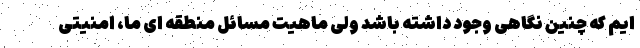
ایم که چنین نگاهی وجود داشته باشد ولی ماهیت مسائل منطقه ای ما، امنیتی